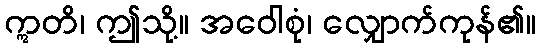
ဣတိ၊ ဤသို့။ အဝေါစုံ၊ လျှောက်ကုန်၏။